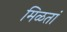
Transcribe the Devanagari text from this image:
मिळतां